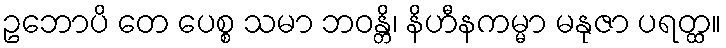
ဥဘောပိ တေ ပေစ္စ သမာ ဘဝန္တိ၊ နိဟီနကမ္မာ မနုဇာ ပရတ္ထ။